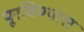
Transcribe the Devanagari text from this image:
पूरविण्यास